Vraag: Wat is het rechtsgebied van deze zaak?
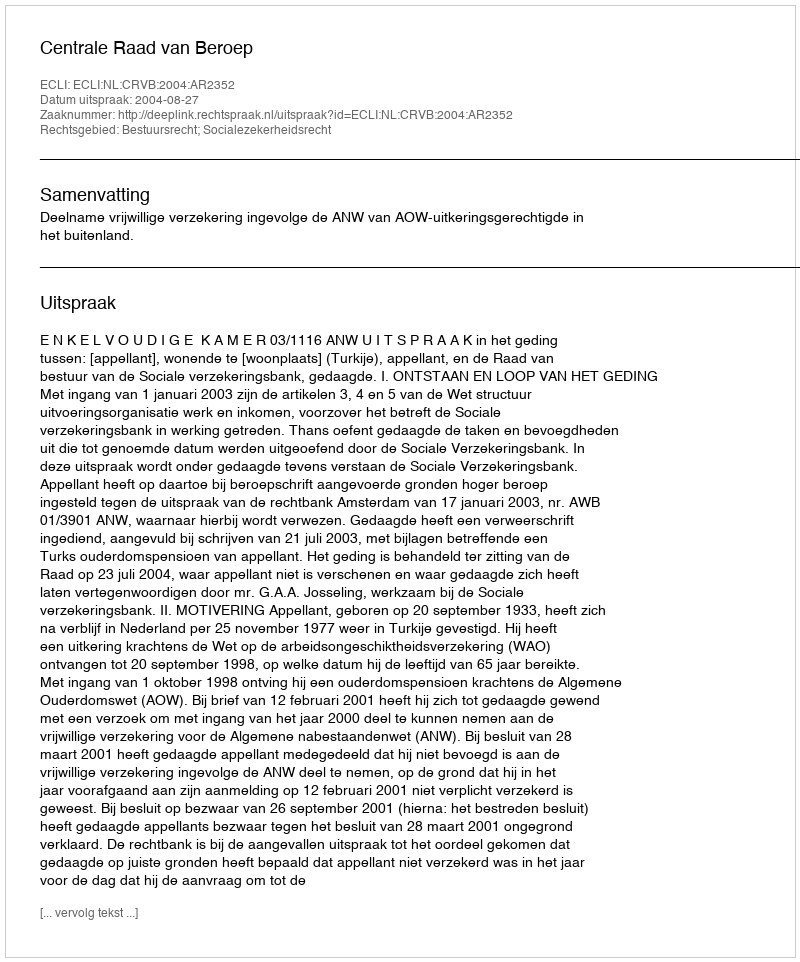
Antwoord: Bestuursrecht; Socialezekerheidsrecht